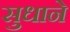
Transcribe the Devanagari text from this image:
सुधाने